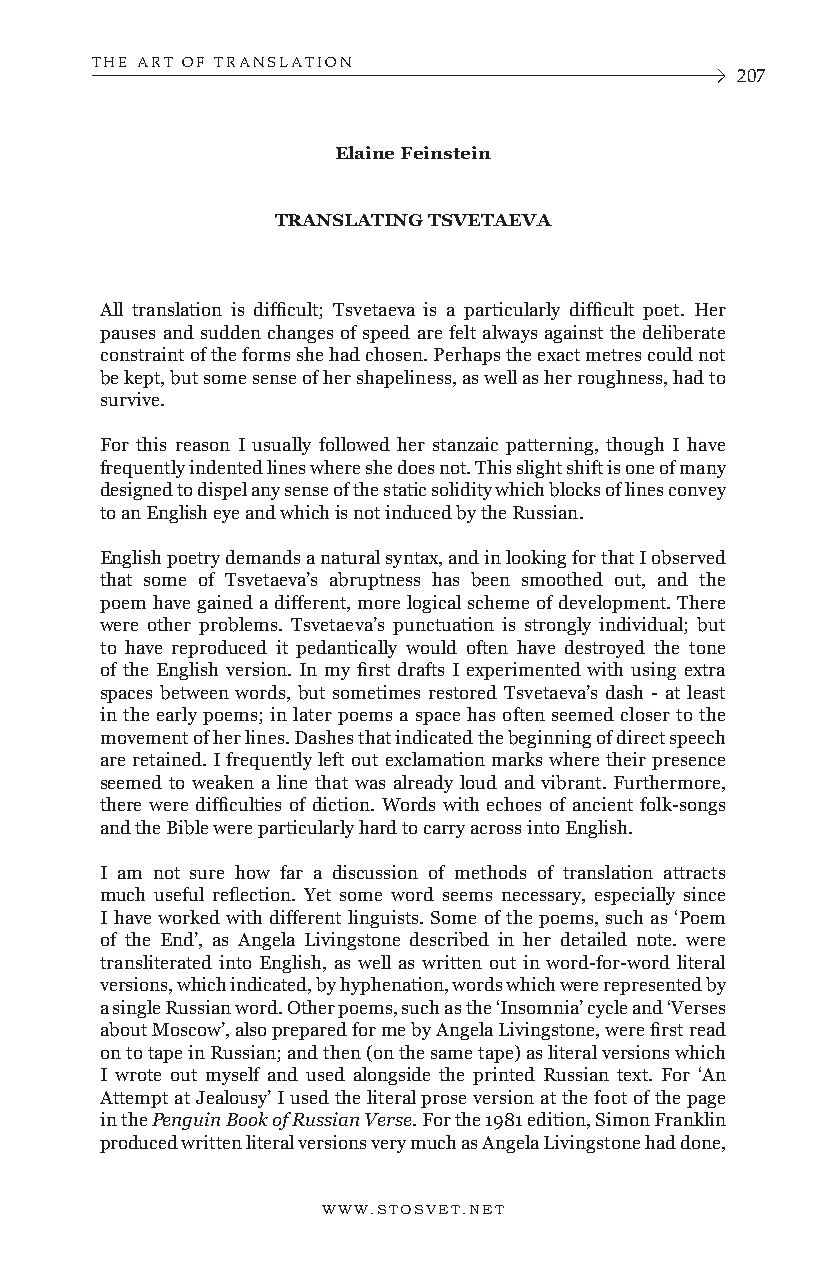
THE ART OF TRANSLATION
 207
 Elaine Feinstein
 TRANSLATING TSVETAEVA
 All translation is difficult; Tsvetaeva is a particularly difficult poet. Her
 pauses and sudden changes of speed are felt always against the deliberate
 constraint of the forms she had chosen. Perhaps the exact metres could not
 be kept, but some sense of her shapeliness, as well as her roughness, had to
 survive.
 For this reason I usually followed her stanzaic patterning, though I have
 frequently indented lines where she does not. This slight shift is one of many
 designed to dispel any sense of the static solidity which blocks of lines convey
 to an English eye and which is not induced by the Russian.
 English poetry demands a natural syntax, and in looking for that I observed
 that some of Tsvetaeva’s abruptness has been smoothed out, and the
 poem have gained a different, more logical scheme of development. There
 were other problems. Tsvetaeva’s punctuation is strongly individual; but
 to have reproduced it pedantically would often have destroyed the tone
 of the English version. In my first drafts I experimented with using extra
 spaces between words, but sometimes restored Tsvetaeva’s dash - at least
 in the early poems; in later poems a space has often seemed closer to the
 movement of her lines. Dashes that indicated the beginning of direct speech
 are retained. I frequently left out exclamation marks where their presence
 seemed to weaken a line that was already loud and vibrant. Furthermore,
 there were difficulties of diction. Words with echoes of ancient folk-songs
 and the Bible were particularly hard to carry across into English.
 I am not sure how far a discussion of methods of translation attracts
 much useful reflection. Yet some word seems necessary, especially since
 I have worked with different linguists. Some of the poems, such as ‘Poem
 of the End’, as Angela Livingstone described in her detailed note. were
 transliterated into English, as well as written out in word-for-word literal
 versions, which indicated, by hyphenation, words which were represented by
 a single Russian word. Other poems, such as the ‘Insomnia’ cycle and ‘Verses
 about Moscow’, also prepared for me by Angela Livingstone, were first read
 on to tape in Russian; and then (on the same tape) as literal versions which
 I wrote out myself and used alongside the printed Russian text. For ‘An
 Attempt at Jealousy’ I used the literal prose version at the foot of the page
 in the Penguin Book of Russian Verse. For the 1981 edition, Simon Franklin
 produced written literal versions very much as Angela Livingstone had done,
 WWW.STOSVET.NET      WWW.STOSVET.NET